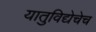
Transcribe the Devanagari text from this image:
यातुविद्येचेच